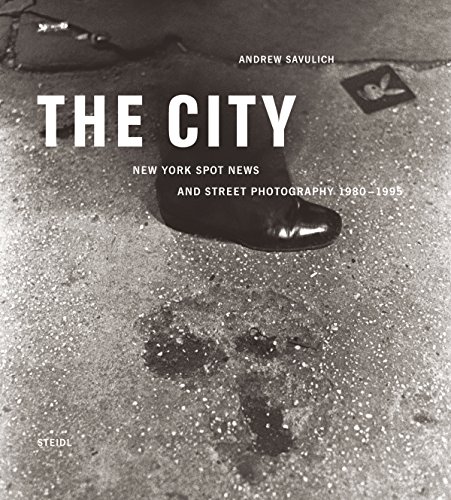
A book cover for Andrew Savulich: The City; Arts & Photography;